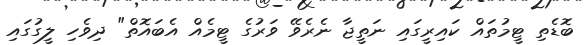
ބޮޑެތި ޓީމުތައް ކައިރީގައި ނަތީޖާ ނެރެވޭ ވަރުގެ ޓީމެއް އެބައޮތް" ދިވެހި ލީގުގައި